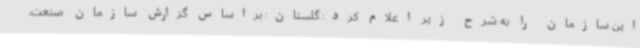
این سازمان را به شرح زیر اعلام کرد: گلستان: براساس گزارش سازمان صنعت،